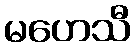
မဟေသီ